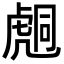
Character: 𧇌